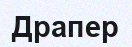
Драпер